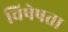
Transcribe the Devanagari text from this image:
विषेषता